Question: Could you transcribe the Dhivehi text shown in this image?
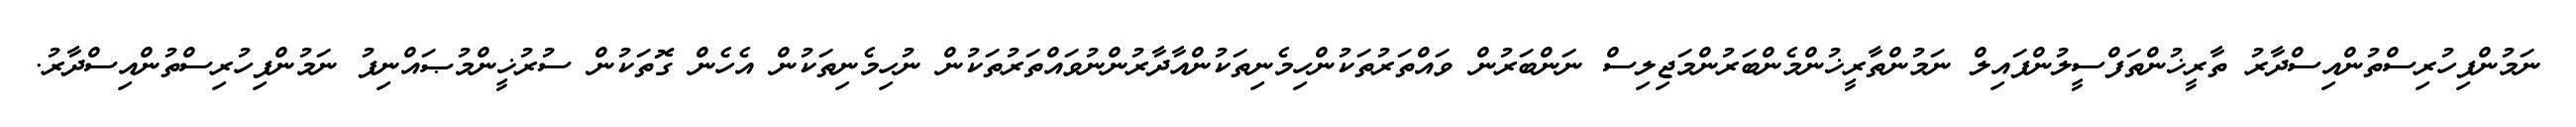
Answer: ނަމުންފިހުރިސްތުންއިސްދާރު ތާރީޚުންތަފްސީލުންފައިލް ނަމުންތާރީޚުންމެންބަރުންމަޖިލިސް ނަންބަރުން ވައްތަރުތަކުންހިމެނިތަކުންއާދާރުންނުވައްތަރުތަކުން ނުހިމެނިތަކުން އެހެން ގޮތަކުން ސުރުޚީންމުޞައްނިފު ނަމުންފިހުރިސްތުންއިސްދާރު.